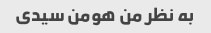
به نظر من هومن سیدی